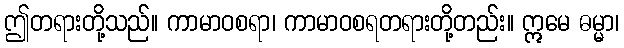
ဤတရားတို့သည်။ ကာမာဝစရာ၊ ကာမာဝစရတရားတို့တည်း။ ဣမေ ဓမ္မာ၊